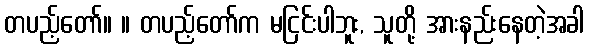
တပည့်တော်။ ။ တပည့်တော်က မငြင်းပါဘူး, သူတို့ အားနည်းနေတဲ့အခါ